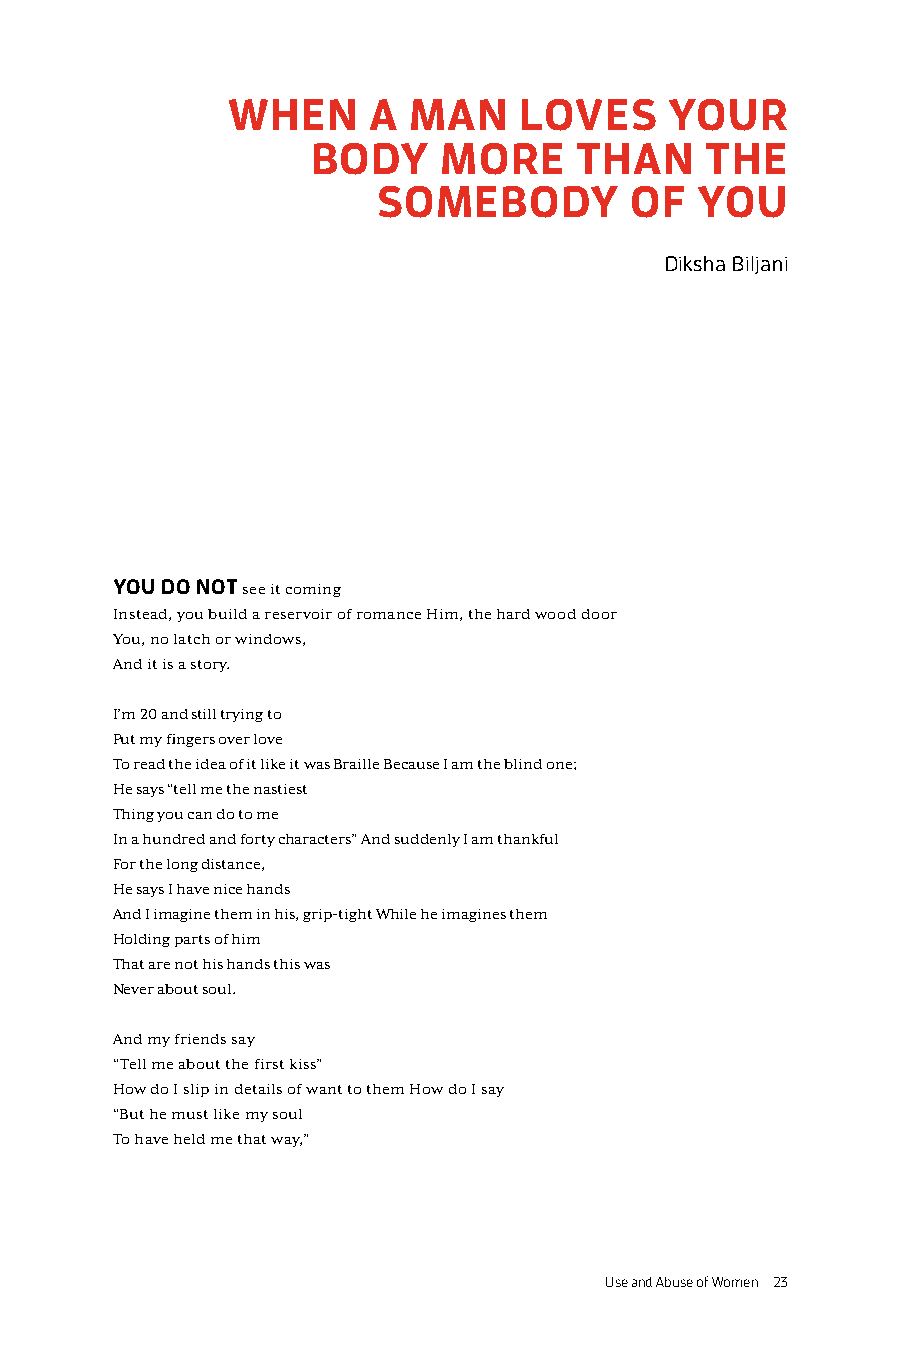
WHEN     A  MAN    LOVES     YOUR
 BODY    MORE     THAN     THE
 SOMEBODY         OF  YOU
 Diksha Biljani
 YOU DO NOT see it coming
 Instead, you build a reservoir of romance Him, the hard wood door
 You, no latch or windows,
 And it is a story.
 I’m 20 and still trying to
 Put my fingers over love
 To read the idea of it like it was Braille Because I am the blind one;
 He says “tell me the nastiest
 Thing you can do to me
 In a hundred and forty characters” And suddenly I am thankful
 For the long distance,
 He says I have nice hands
 And I imagine them in his, grip-tight While he imagines them
 Holding parts of him
 That are not his hands this was
 Never about soul.
 And my friends say
 “Tell me about the first kiss”
 How do I slip in details of want to them How do I say
 “But he must like my soul
 To have held me that way,”
 Use and Abuse of Women 23